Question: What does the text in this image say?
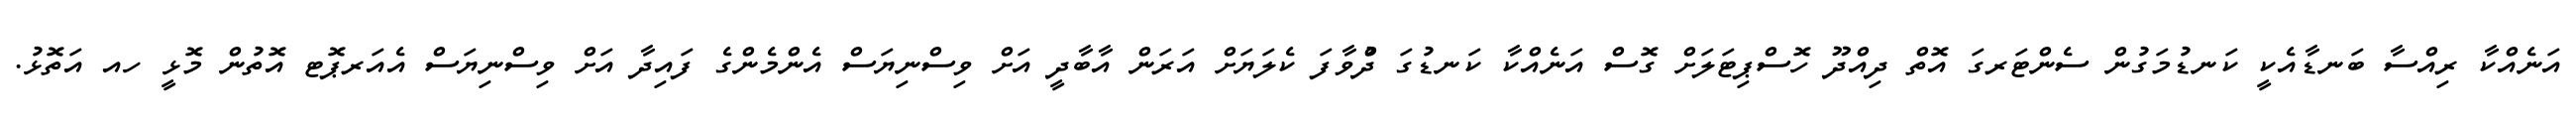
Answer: އަނެއްކާ ރިއްސާ ބަނޑާއެކީ ކަނޑުމަގުން ސެންޓަރގަ އޮތް ދިއްދޫ ހޮސްޕިޓަލަށް ގޮސް އަނެއްކާ ކަނޑުގަ ދުްވާފަ ކެލަޔަށް އަރަން އާބާދީ އަށް ވިސްނިޔަސް އެންމެންގެ ފައިދާ އަށް ވިސްނިޔަސް އެއަރޕޮޓ އޮތުން މޮޅީ ހއ އަތޮޅު.